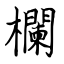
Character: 欄